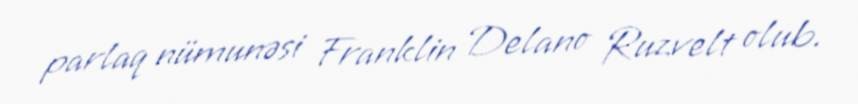
parlaq nümunəsi Franklin Delano Ruzvelt olub.